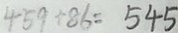
4 5 9 + 8 6 = 5 4 5